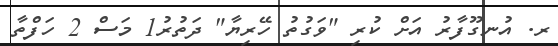
ރ. އުނގޫފާރު އަށް ކުރި "ވަގުތު ހޭރިޔާ" ދަތުރު1 މަސް 2 ހަފްތާ